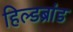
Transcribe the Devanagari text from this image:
हिल्डब्रांड